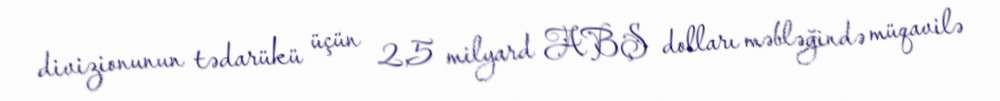
divizionunun tədarükü üçün 2,5 milyard ABŞ dolları məbləğində müqavilə